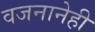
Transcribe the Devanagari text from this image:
वजनानेही